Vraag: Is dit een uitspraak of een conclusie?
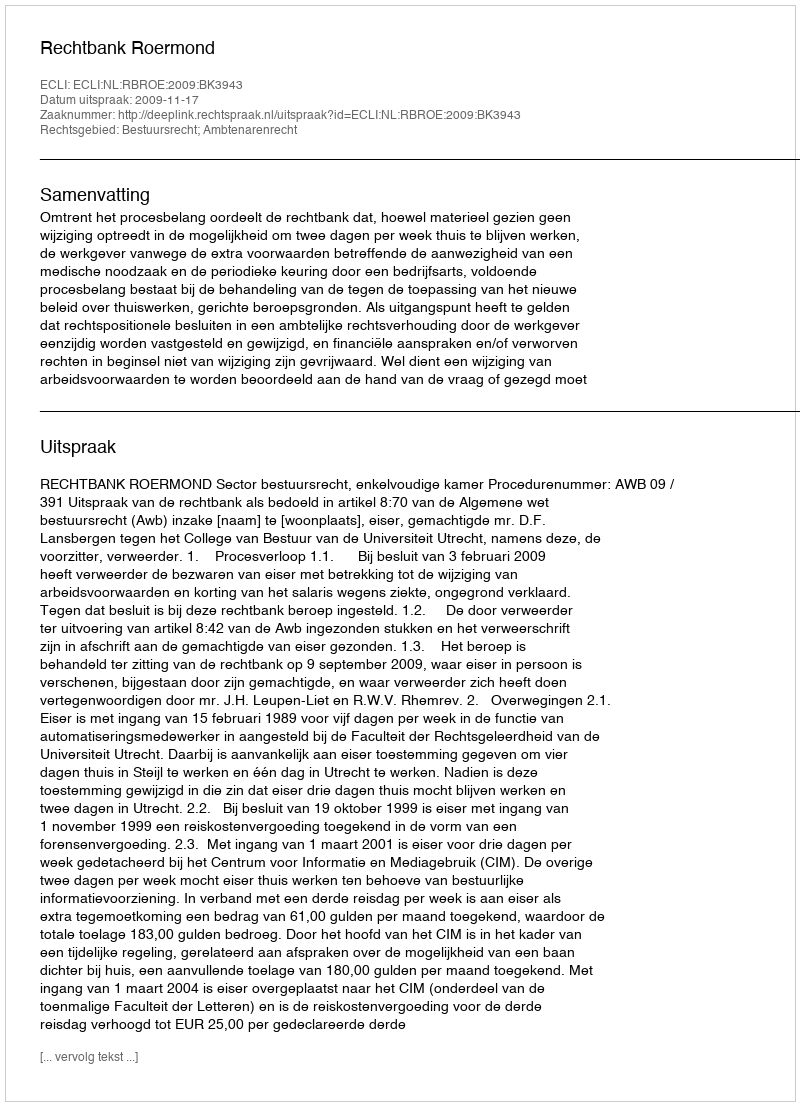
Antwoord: Uitspraak